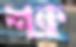
শক্র